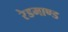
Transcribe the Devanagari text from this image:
रेडमाण्ड